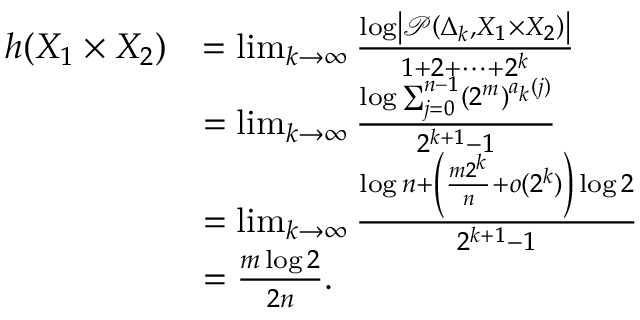
\begin{array} { r l } { h ( X _ { 1 } \times X _ { 2 } ) } & { = \operatorname* { l i m } _ { k \to \infty } \frac { \log \left| \mathcal { P } \left( \Delta _ { k } , X _ { 1 } \times X _ { 2 } \right) \right| } { 1 + 2 + \cdots + 2 ^ { k } } } \\ & { = \operatorname* { l i m } _ { k \to \infty } \frac { \log \sum _ { j = 0 } ^ { n - 1 } ( 2 ^ { m } ) ^ { a _ { k } ( j ) } } { 2 ^ { k + 1 } - 1 } } \\ & { = \operatorname* { l i m } _ { k \to \infty } \frac { \log n + \left( \frac { m 2 ^ { k } } { n } + o ( 2 ^ { k } ) \right) \log 2 } { 2 ^ { k + 1 } - 1 } } \\ & { = \frac { m \log 2 } { 2 n } . } \end{array}